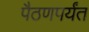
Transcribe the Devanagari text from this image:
पैठणपर्यंत